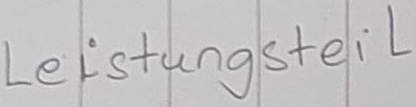
Text: Leistungsteil